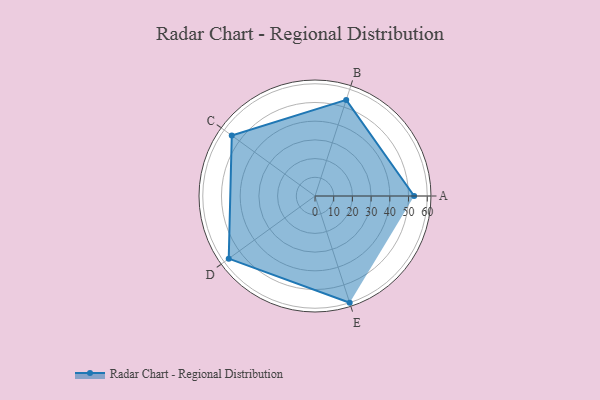
{"axis": {"x": "Skill", "y": "Score"}, "legend": ["Profile"], "data": [{"x": "A", "y": 53.0, "type": "Profile"}, {"x": "B", "y": 54.0, "type": "Profile"}, {"x": "C", "y": 55.0, "type": "Profile"}, {"x": "D", "y": 57.0, "type": "Profile"}, {"x": "E", "y": 60.0, "type": "Profile"}]}